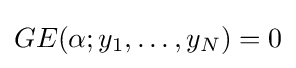
GE(\alpha ;y_{1},\ldots ,y_{N})=0